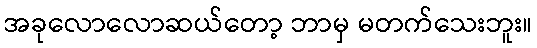
အခုလောလောဆယ်တော့ ဘာမှ မတက်သေးဘူး။